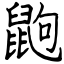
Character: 鼩